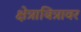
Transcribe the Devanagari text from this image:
क्षेत्राबित्रावर